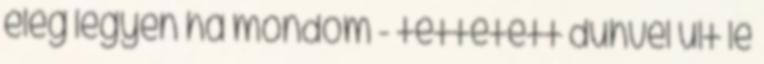
elég legyen ha mondom - tettetett dühvel ült le